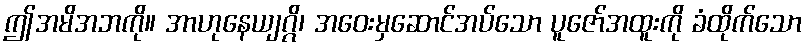
ဤအမိအဘကို။ အာဟုနေယျဂ္ဂိ၊ အဝေးမှဆောင်အပ်သော ပူဇော်အထူးကို ခံထိုက်သော